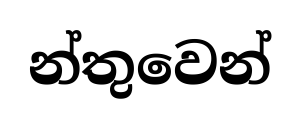
න්තුවෙන්